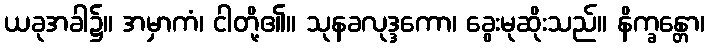
ယခုအခါ၌။ အမှာကံ၊ ငါတို့၏။ သုနခလုဒ္ဒကော၊ ခွေးမုဆိုးသည်။ နိက္ခန္တော၊